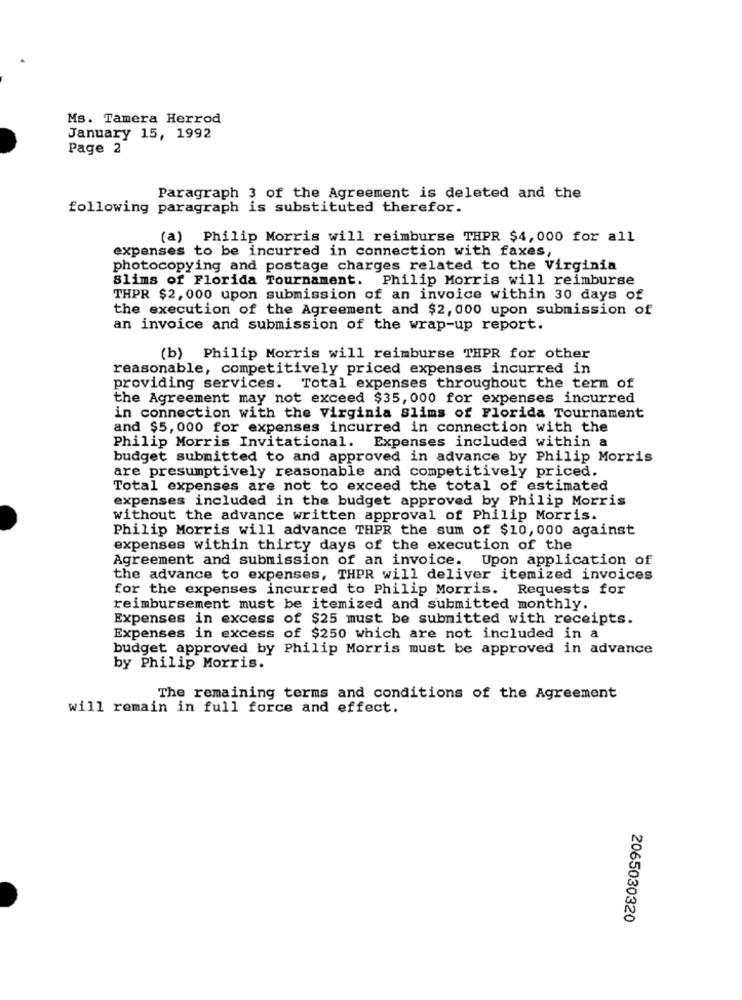
Ms. Tamera Herrod
January 15, 1992
Page 2
Paragraph 3 of the Agreement is deleted and the
following paragraph is substituted therefor.
(a) Philip Morris will reimburse THPR $4, 000 for all
expenses to be incurred in connection with faxes,
photocopying and postage charges related to the Virginia
Slims of Florida Tournament. Philip Morris will reimburse
THPR $2, 000 upon submission of an invoice within 30 days of
the execution of the Agreement and $2, 000 upon submission of
an invoice and submission of the wrap-up report.
(b) Philip Morris will reimburse THPR for other
reasonable, competitively priced expenses incurred in
providing services. Total expenses throughout the term of
the Agreement may not exceed $35, 000 for expenses incurred
in connection with the Virginia slims of Florida Tournament
and $5, 000 for expenses incurred in connection with the
Philip Morris Invitational. Expenses included within a
budget submitted to and approved in advance by Philip Morris
are presumptively reasonable and competitively priced.
Total expenses are not to exceed the total of estimated
expenses included in the budget approved by Philip Morris
without the advance written approval of Philip Morris.
Philip Morris will advance THPR the sum of $10, 000 against
expenses within thirty days of the execution of the
Agreement and submission of an invoice. Upon application of
the advance to expenses, THPR will deliver itemized invoices
for the expenses incurred to Philip Morris. Requests for
reimbursement must be itemized and submitted monthly.
Expenses in excess of $25 must be submitted with receipts.
Expenses in excess of $250 which are not included in a
budget approved by Philip Morris must be approved in advance
by Philip Morris.
The remaining terms and conditions of the Agreement
will remain in full force and effect.
2065030320